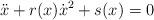
LaTeX: \begin{align*}\ddot{x} + r(x)\dot{x}^{2} + s(x) =0\end{align*}